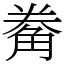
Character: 觠